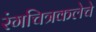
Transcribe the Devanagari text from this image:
रंगचित्रकलेचे